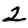
Digit: 2